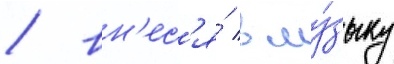
/ вн'ес'я́ в му́зыку